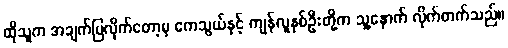
ထိုသူက အချက်ပြလိုက်တော့မှ ကေသွယ်နှင့် ကျန်လူနှစ်ဦးတို့က သူ့နောက် လိုက်တက်သည်။